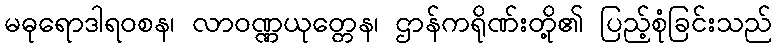
မဓုရောဒါရဝစန၊ လာဝဏ္ဏယုတ္တေန၊ ဌာန်ကရိုဏ်းတို့၏ ပြည့်စုံခြင်းသည်